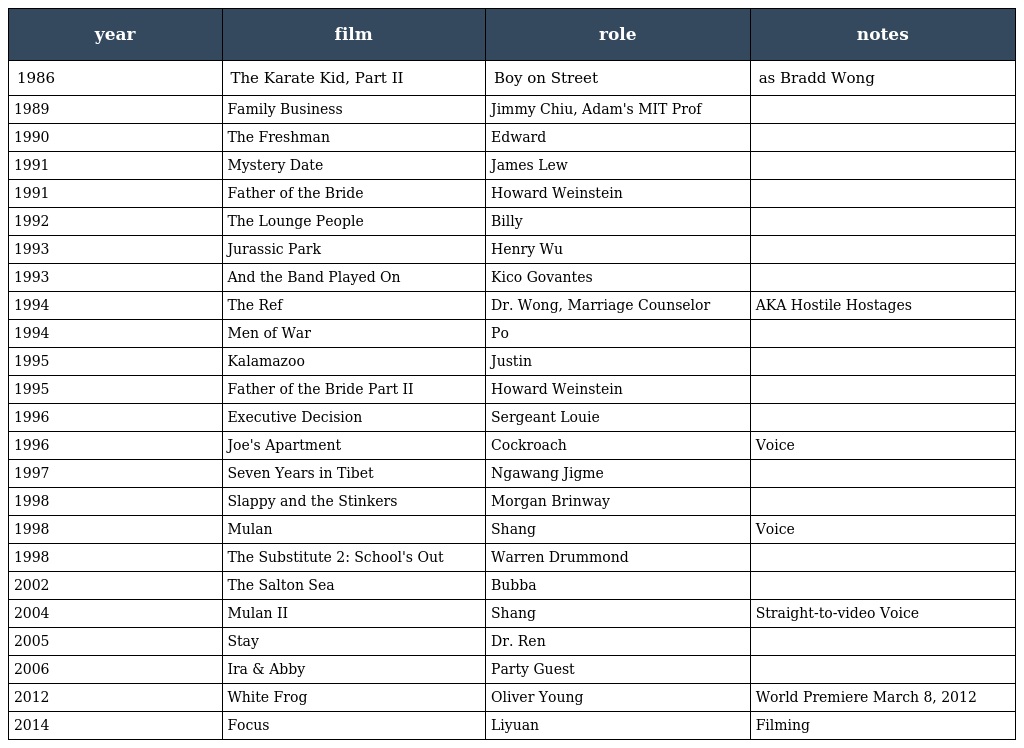
| year | film | role | notes |
 | --- | --- | --- | --- |
 | 1986 | The Karate Kid, Part II | Boy on Street | as Bradd Wong |
 | 1989 | Family Business | Jimmy Chiu, Adam's MIT Prof |  |
 | 1990 | The Freshman | Edward |  |
 | 1991 | Mystery Date | James Lew |  |
 | 1991 | Father of the Bride | Howard Weinstein |  |
 | 1992 | The Lounge People | Billy |  |
 | 1993 | Jurassic Park | Henry Wu |  |
 | 1993 | And the Band Played On | Kico Govantes |  |
 | 1994 | The Ref | Dr. Wong, Marriage Counselor | AKA Hostile Hostages |
 | 1994 | Men of War | Po |  |
 | 1995 | Kalamazoo | Justin |  |
 | 1995 | Father of the Bride Part II | Howard Weinstein |  |
 | 1996 | Executive Decision | Sergeant Louie |  |
 | 1996 | Joe's Apartment | Cockroach | Voice |
 | 1997 | Seven Years in Tibet | Ngawang Jigme |  |
 | 1998 | Slappy and the Stinkers | Morgan Brinway |  |
 | 1998 | Mulan | Shang | Voice |
 | 1998 | The Substitute 2: School's Out | Warren Drummond |  |
 | 2002 | The Salton Sea | Bubba |  |
 | 2004 | Mulan II | Shang | Straight-to-video Voice |
 | 2005 | Stay | Dr. Ren |  |
 | 2006 | Ira & Abby | Party Guest |  |
 | 2012 | White Frog | Oliver Young | World Premiere March 8, 2012 |
 | 2014 | Focus | Liyuan | Filming |